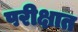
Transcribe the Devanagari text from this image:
परीक्षात